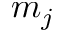
m _ { j }